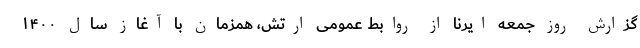
گزارش روز جمعه ایرنا از روابط عمومی ارتش، همزمان با آغاز سال ۱۴۰۰